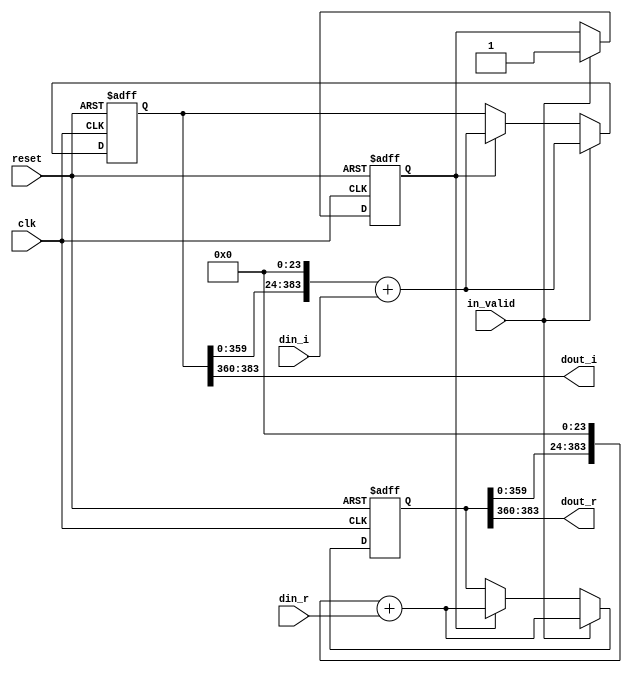
// --------------------------------------------------------------------
// >>>>>>>>>>>>>>>>>>>>>>>>> COPYRIGHT NOTICE <<<<<<<<<<<<<<<<<<<<<<<<<
// --------------------------------------------------------------------
// Github: https://github.com/abdelazeem201
// Description: shift_16 module
// Dependencies: 
// Since: 2021-12-22 2:22:03
// LastEditors: ahmed abdelazeem
// LastEditTime: 2021-12-22 2:22:03
// ********************************************************************
// Module Function
module shift_16(
		input wire clk,
		input wire reset,
		input wire in_valid,
		input wire signed [23:0] din_r,
		input wire signed [23:0] din_i,
		output wire signed [23:0] dout_r,
		output wire signed [23:0] dout_i
	);
	integer i ;
	reg [383:0] shift_reg_r ;
	reg [383:0] shift_reg_i ;
	reg [383:0] tmp_reg_r ;
	reg [383:0] tmp_reg_i ;
	reg [5:0] counter_16,next_counter_16;
	reg valid,next_valid;

	assign dout_r    = shift_reg_r[383:360];
	assign dout_i    = shift_reg_i[383:360];

	always@(posedge clk or posedge reset)begin
		if(reset)begin
			shift_reg_r <= 0;
			shift_reg_i <= 0;
			counter_16  <= 0;
			valid       <= 0;
		end
		else 
		if (in_valid)begin
			counter_16       <= next_counter_16;
			shift_reg_r      <= (tmp_reg_r<<24) + din_r;
			shift_reg_i      <= (tmp_reg_i<<24) + din_i;
			valid            <= in_valid;
		end
		else if (valid)begin
			counter_16       <= next_counter_16;
			shift_reg_r      <= (tmp_reg_r<<24) + din_r;
			shift_reg_i      <= (tmp_reg_i<<24) + din_i;
			valid            <= next_valid;
		end
	end
	
	
	always@(*)begin
		next_counter_16 = counter_16 + 5'd1;
		tmp_reg_r = shift_reg_r;
		tmp_reg_i = shift_reg_i;
		next_valid = valid;
	end
	

endmodule